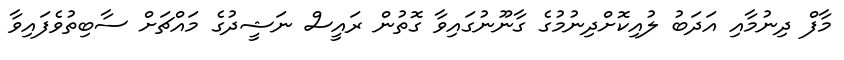
މާފް ދިނުމާއި އަދަބު ލުއިކޮށްދިނުމުގެ ގާނޫނުގައިވާ ގޮތުން ރައީސް ނަޝީދުގެ މައްޗަށް ސާބިތުވެފައިވާ